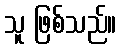
သူ ဖြစ်သည်။